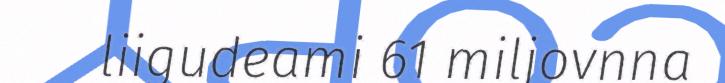
liigudeami 61 miljovnna